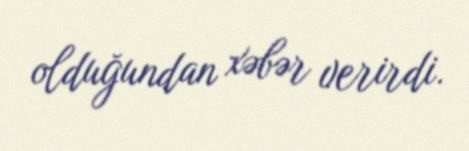
olduğundan xəbər verirdi.